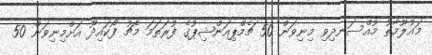
މައުލޫމާތު މުއްސަނދިވި މިނިވަން 50 ޗެމްޕިއަންޝިޕުގެ ފުރަތަމަ މެޗު ފޯކައިދޫ އަށްމިނިވަން 50